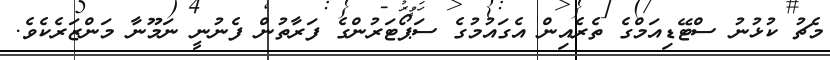
މެޗު ކުޅުނު ސްޓޭޑިއަމްގެ ތެރެއިން އެގައުމުގެ ސަޕޯޓަރުންގެ ފަރާތުން ފެނުނީ ނަމޫނާ މަންޒަރެކެވެ.